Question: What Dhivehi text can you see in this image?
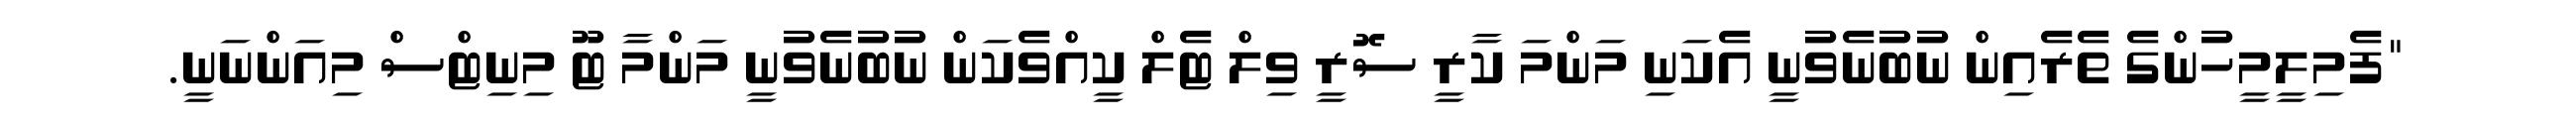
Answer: "ފެމިލީމީހުންގެ ތެރެއިން ނުބުނެވުނީ އެކަނި މަންމަ ކާރީ ސޮރީ ވިލް ޓެލް ކީއްވެކަން ނުބުނެވުނީ މަންމާ ޓޫ މިނިޓްސް މިއަންނަނީ.